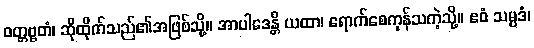
ဝတ္တဗ္ဗတံ၊ ဆိုထိုက်သည်၏အဖြစ်သို့။ အာပါဒေန္တိ ယထာ၊ ရောက်စေကုန်သကဲ့သို့။ ဧဝံ သမ္ပဒံ၊